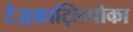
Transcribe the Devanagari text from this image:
टेज़्काट्लिपोका